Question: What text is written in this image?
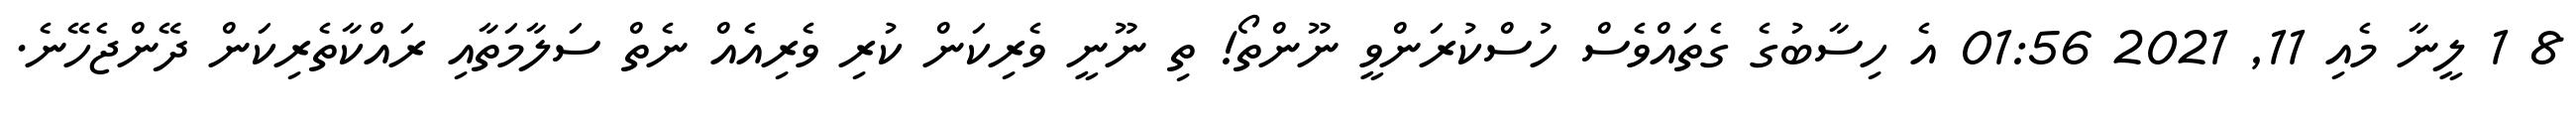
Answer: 8 1 ލީނާ މެއި 11, 2021 01:56 އެ ހިސާބުގެ ގެތައްވެސް ހުސްކުރަންވީ ނޫންތޯ! ތި ނޫނީ ވެރިކަން ކުރި ވެރިއެއް ނެތް ސަލާމަތާއި ރައްކާތެރިކަން ދޭންޖެހޭނެ.